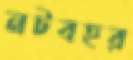
নটবহর